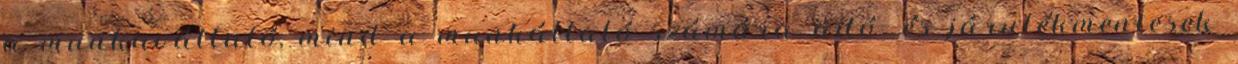
a munkavállaló, mind a munkáltató számára adó- és járulékmentesek